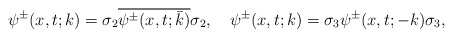
\begin{align*}&\psi^{\pm}(x,t;k) =\sigma_2 \overline{\psi^{\pm}(x,t;\bar {k} )} \sigma_2,\ \ \ \psi^{\pm}(x,t;k) =\sigma_3 \psi^{\pm}(x,t;-k) \sigma_3,\end{align*}